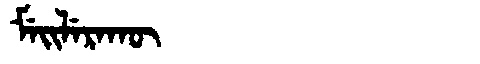
Manchu: ᠮᡝᡳᠯᡝᡵᠠᡴᡡ
Romanization: MEILERAKŪ